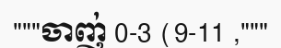
"""ចាញ់ 0-3 (9-11 ,"""